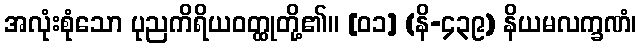
အလုံးစုံသော ပုညကိရိယဝတ္ထုတို့၏။ [၀၁] (နိ-၄၃၉) နိယမလက္ခဏံ၊